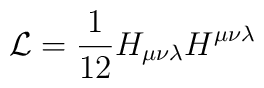
{\cal{L}} = \frac{1}{12}H_{\mu \nu \lambda}H^{\mu \nu \lambda}